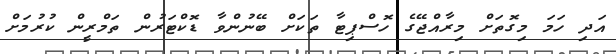
އަދި ހަމަ މިގޮތަށް މިރާއްޖޭގެ ހޮސްޕިޓާ ތަކަށް ބޭނުންވާ ޑޮކްޓަރުން ތަމްރީން ކުރުމަށް